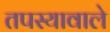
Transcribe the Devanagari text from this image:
तपस्यावाले